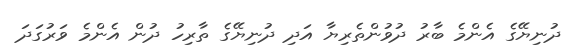
ދުނިޔޭގެ އެންމެ ބާރު ދުވުންތެރިޔާ އަދި ދުނިޔޭގެ ތާރިހު ދުން އެންމެ ވަރުގަދަ